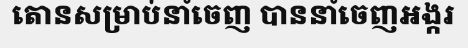
តោនសម្រាប់នាំចេញ បាននាំចេញអង្ករ